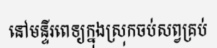
នៅមន្ទីរពេទ្យក្នុងស្រុកចប់សព្វគ្រប់